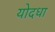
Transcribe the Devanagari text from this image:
योदधा